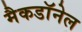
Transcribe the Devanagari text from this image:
मैकडाॅनेल